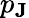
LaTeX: p_{\mathbf{J}}